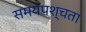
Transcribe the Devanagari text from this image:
समयपश्चता